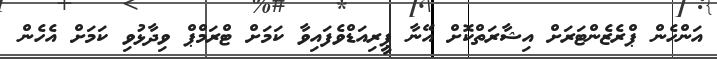
އަންހެން ޕްރެޒެންޓަރަށް އިޝާރަތްކޮށް އޭނާ ޕީރިއަޑްވެފައިވާ ކަމަށް ޓްރަމްޕް ވިދާޅުވި ކަމަށް އެހެން